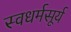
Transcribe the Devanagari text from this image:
स्वधर्मसूर्य